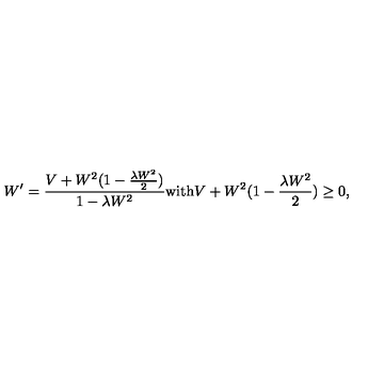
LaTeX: W ^ { \prime } = \frac { V + W ^ { 2 } ( 1 - \frac { \lambda W ^ { 2 } } { 2 } ) } { 1 - \lambda W ^ { 2 } } \mathrm { w i t h } V + W ^ { 2 } ( 1 - \frac { \lambda W ^ { 2 } } { 2 } ) \ge 0 ,